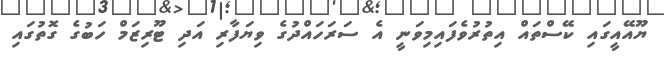
ޔޫއޭއީގައި ކޭސްތައް އިތުރުވެފައިމިވަނީ އެ ސަރަހައްދުގެ ވިޔަފާރި އަދި ޓޫރިޒަމް ހަބުގެ ގޮތުގައި